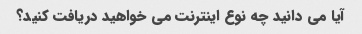
آیا می دانید چه نوع اینترنت می خواهید دریافت کنید؟